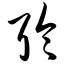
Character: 聆